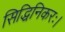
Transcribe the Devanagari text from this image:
सिद्धिनिकरः।